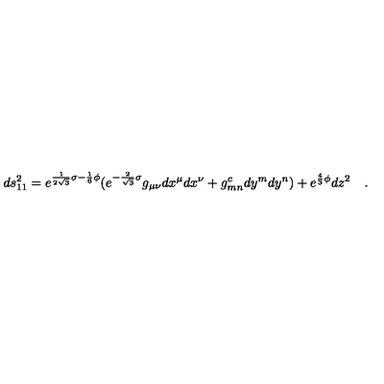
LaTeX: d s _ { 1 1 } ^ { 2 } = e ^ { \frac { 1 } { 2 \sqrt { 3 } } \sigma - \frac { 1 } { 6 } \phi } ( e ^ { - \frac { 2 } { \sqrt { 3 } } \sigma } g _ { \mu \nu } d x ^ { \mu } d x ^ { \nu } + g _ { m n } ^ { c } d y ^ { m } d y ^ { n } ) + e ^ { \frac { 4 } { 3 } \phi } d z ^ { 2 } \quad .